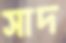
সাদ